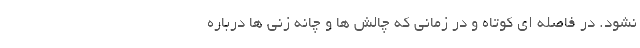
نشود. در فاصله ای کوتاه و در زمانی که چالش ها و چانه زنی ها درباره